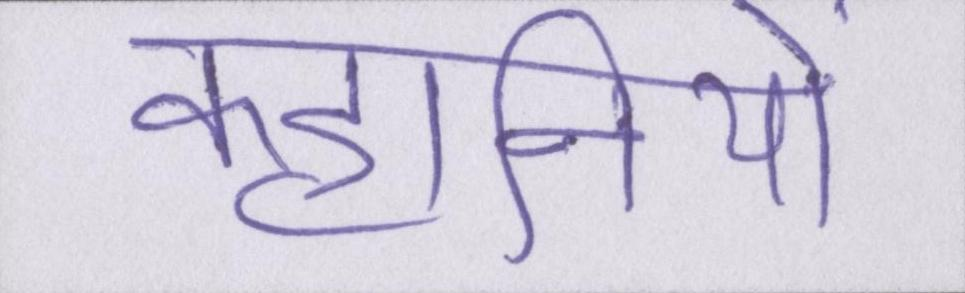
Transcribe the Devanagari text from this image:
कहानियों